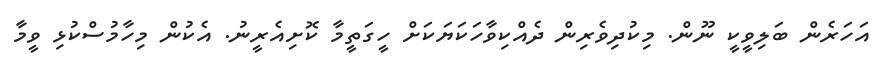
އަހަރެން ބަލިވީކީ ނޫން. މިކުދިވެރިން ދެއްކިވާހަކަޔަކަށް ހީގަތީމާ ކޮށިއެރީނު. އެކުން މިހާމުސްކުޅި ވީމާ